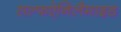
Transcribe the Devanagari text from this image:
सल्फऐनिलैमाइड